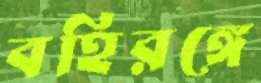
বহিরঙ্গে